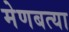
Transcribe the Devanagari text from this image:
मेणबत्या